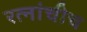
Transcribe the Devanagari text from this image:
रत्नांचीच